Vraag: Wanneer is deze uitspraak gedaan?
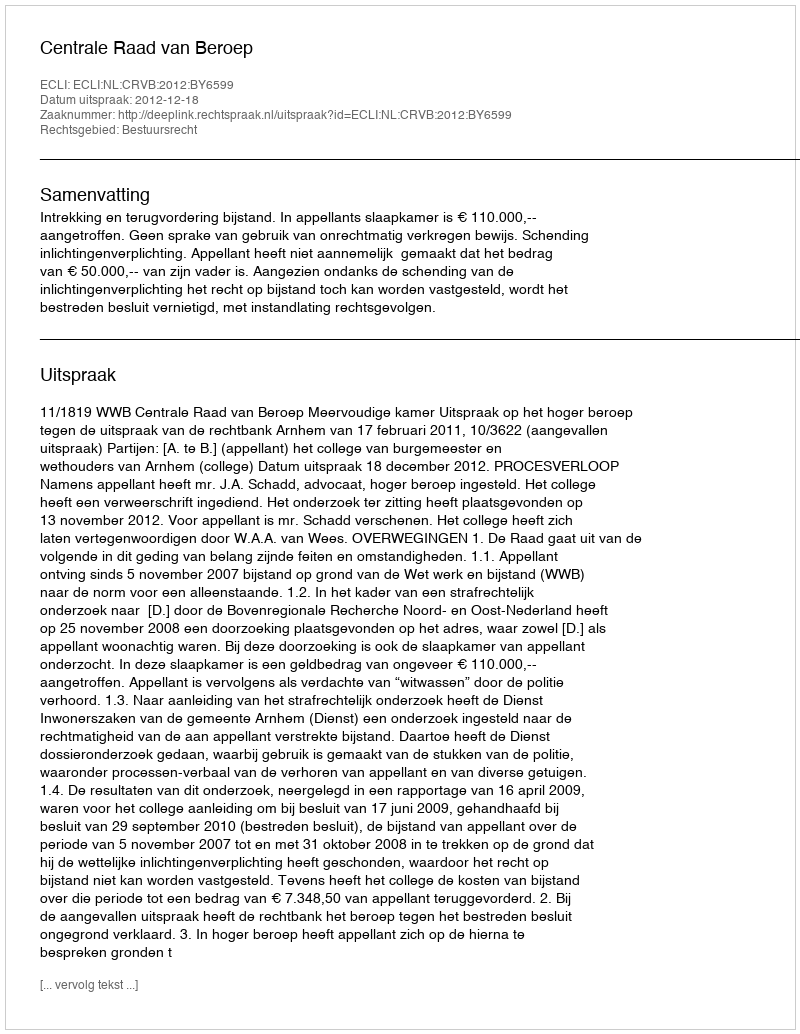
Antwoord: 2012-12-18